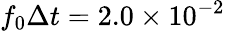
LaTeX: f_{0}\Delta t=2.0\times 10^{-2}